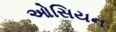
ઓસિયન